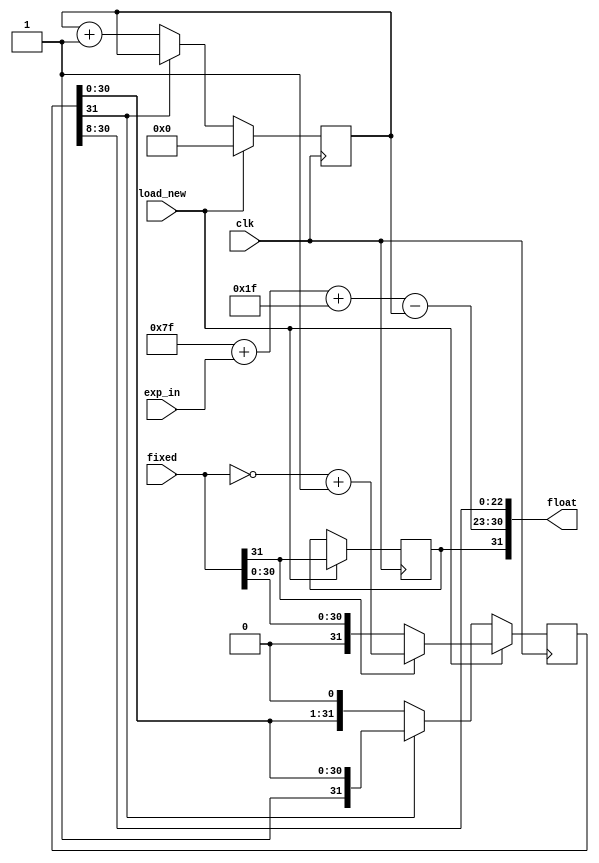
module converter (
    input [31:0] fixed,
    input [7:0] exp_in,
    input load_new, clk,
    output [31:0] float);

wire [31:0] pos_int, shifted;
wire [7:0] incremented;
wire shift_ctrl;
reg sign;
reg [7:0] exponent;
reg [31:0] fraction;

assign pos_int = fixed[31] ? (~fixed + 32'b1) : fixed;
assign shift_ctrl = ~fraction[31];
assign float = {sign, (8'd127 + exp_in + 8'd31 - exponent), fraction[30:8]};

always @(posedge clk) begin
    if (load_new) begin
        exponent <= 0;
        sign <= fixed[31];
        fraction <= pos_int;
    end

    else begin
        if (shift_ctrl) begin
            fraction <= fraction<<1;
            exponent <= exponent + 1'b1;
        end
    end
end
endmodule